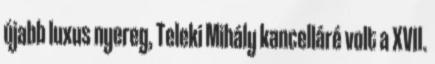
újabb luxus nyereg, Teleki Mihály kancelláré volt a XVII.